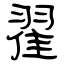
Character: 翟